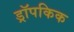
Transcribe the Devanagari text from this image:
ड्रॉपकिक